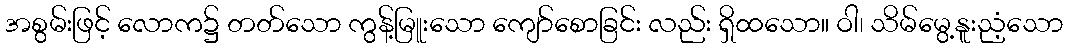
အစွမ်းဖြင့် လောက၌ တတ်သော ကွန့်မြူးသော ကျော်စောခြင်း လည်း ရှိထသော။ ဝါ၊ သိမ်မွေ့နူးညံ့သော